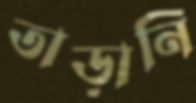
তাড়ানি